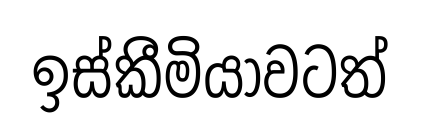
ඉස්කීමියාවටත්